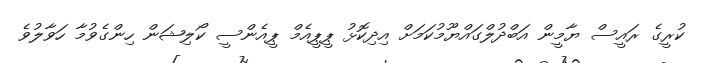
ކުރީގެ ރައީސް ޔާމީން އަބްދުލްގައްޔޫމުކަމަށް އިދިކޮޅު ޕީޕީއެމް ޕީއެންސީ ކޯލިޝަން ހިންގެވުމާ ހަވާލުވެ